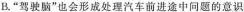
B.”驾驶脑”也会形成处理汽车前进途中问题的意识